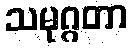
သမုဂ္ဂတာ